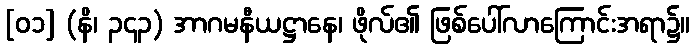
[၀၁] (နိ၊ ၃၄၃) အာဂမနီယဋ္ဌာနေ၊ ဖိုလ်၏ ဖြစ်ပေါ်လာကြောင်းအရာ၌။